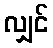
လျှင်